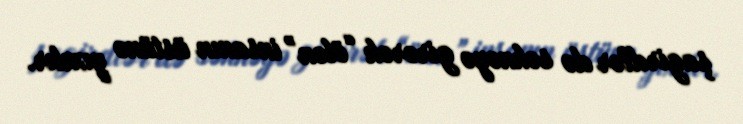
şagirdlər də səhnəyə girərək “ölən” insanın üstünə yıxılır.